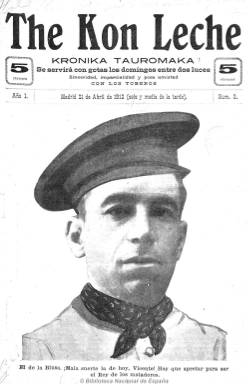
Título: The kon leche
Otros títulos: Té con leche
Colección: Toros
Ámbito geográfico: Madrid
Lugar de publicación: Madrid
Fechas: 21/04/1912-23/10/1916

Semanario taurino de carácter jocoserio a cuyo peculiar título añade el subtítulo de “krónica tauromaka: se servirá con gotas los domingos entre dos dulces”, y el eslogan “sinceridad, imparcialidad y poca amistad con los toreros”. El militar y periodista Juan de Urquía (1865-), que utilizó el seudónimo Capitán verdades, ya había dado este mismo título, propio de las vanguardias dadaístas del humor de la época, para una publicación que editó en 1899 en Manila.

En una época en la que el espectáculo de la tauromaquia se había convertido en un espectáculo de masas, divididas estas por la rivalidad entre las grandes familias o “dinastías” de matadores de toros, se edita esta publicación de ocho páginas e ilustrada con fotografías y dibujos para dar cuenta de los espectáculos taurinos y animar la encarnizada competencia, principalmente, entre los seguidores de Juan Belmonte (1892-1962) y José Gómez ‘El Gallito’, más tarde ‘Joselito’ (1895-1920), es decir, entre los ‘belmontistas’ y los ‘gallistas’ en los que estaba dividido el fervor de la afición taurina.

Fue editado y dirigido por Kurro Kastañares, seudónimo del ‘gallista’ Juan Álvarez (1883-1973), y su redactor jefe fue Don Silverio, seudónimo de José Trabado (1885-1946). También colabora César Jalón Aragón (1889-1985), que utilizó el seudónimo ‘Clarito’. Pudo estar patrocinado por José Gaona.